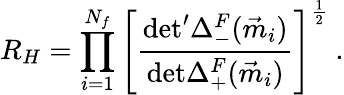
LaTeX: R_{H}=\prod_{i=1}^{N_{f}}\left[\frac{\mathrm{det^{\prime}}\Delta_{-}^{F}(\vec{m}_{i})}{\mathrm{det}\Delta_{+}^{F}(\vec{m}_{i})}\right]^{\frac{1}{2}}\ .